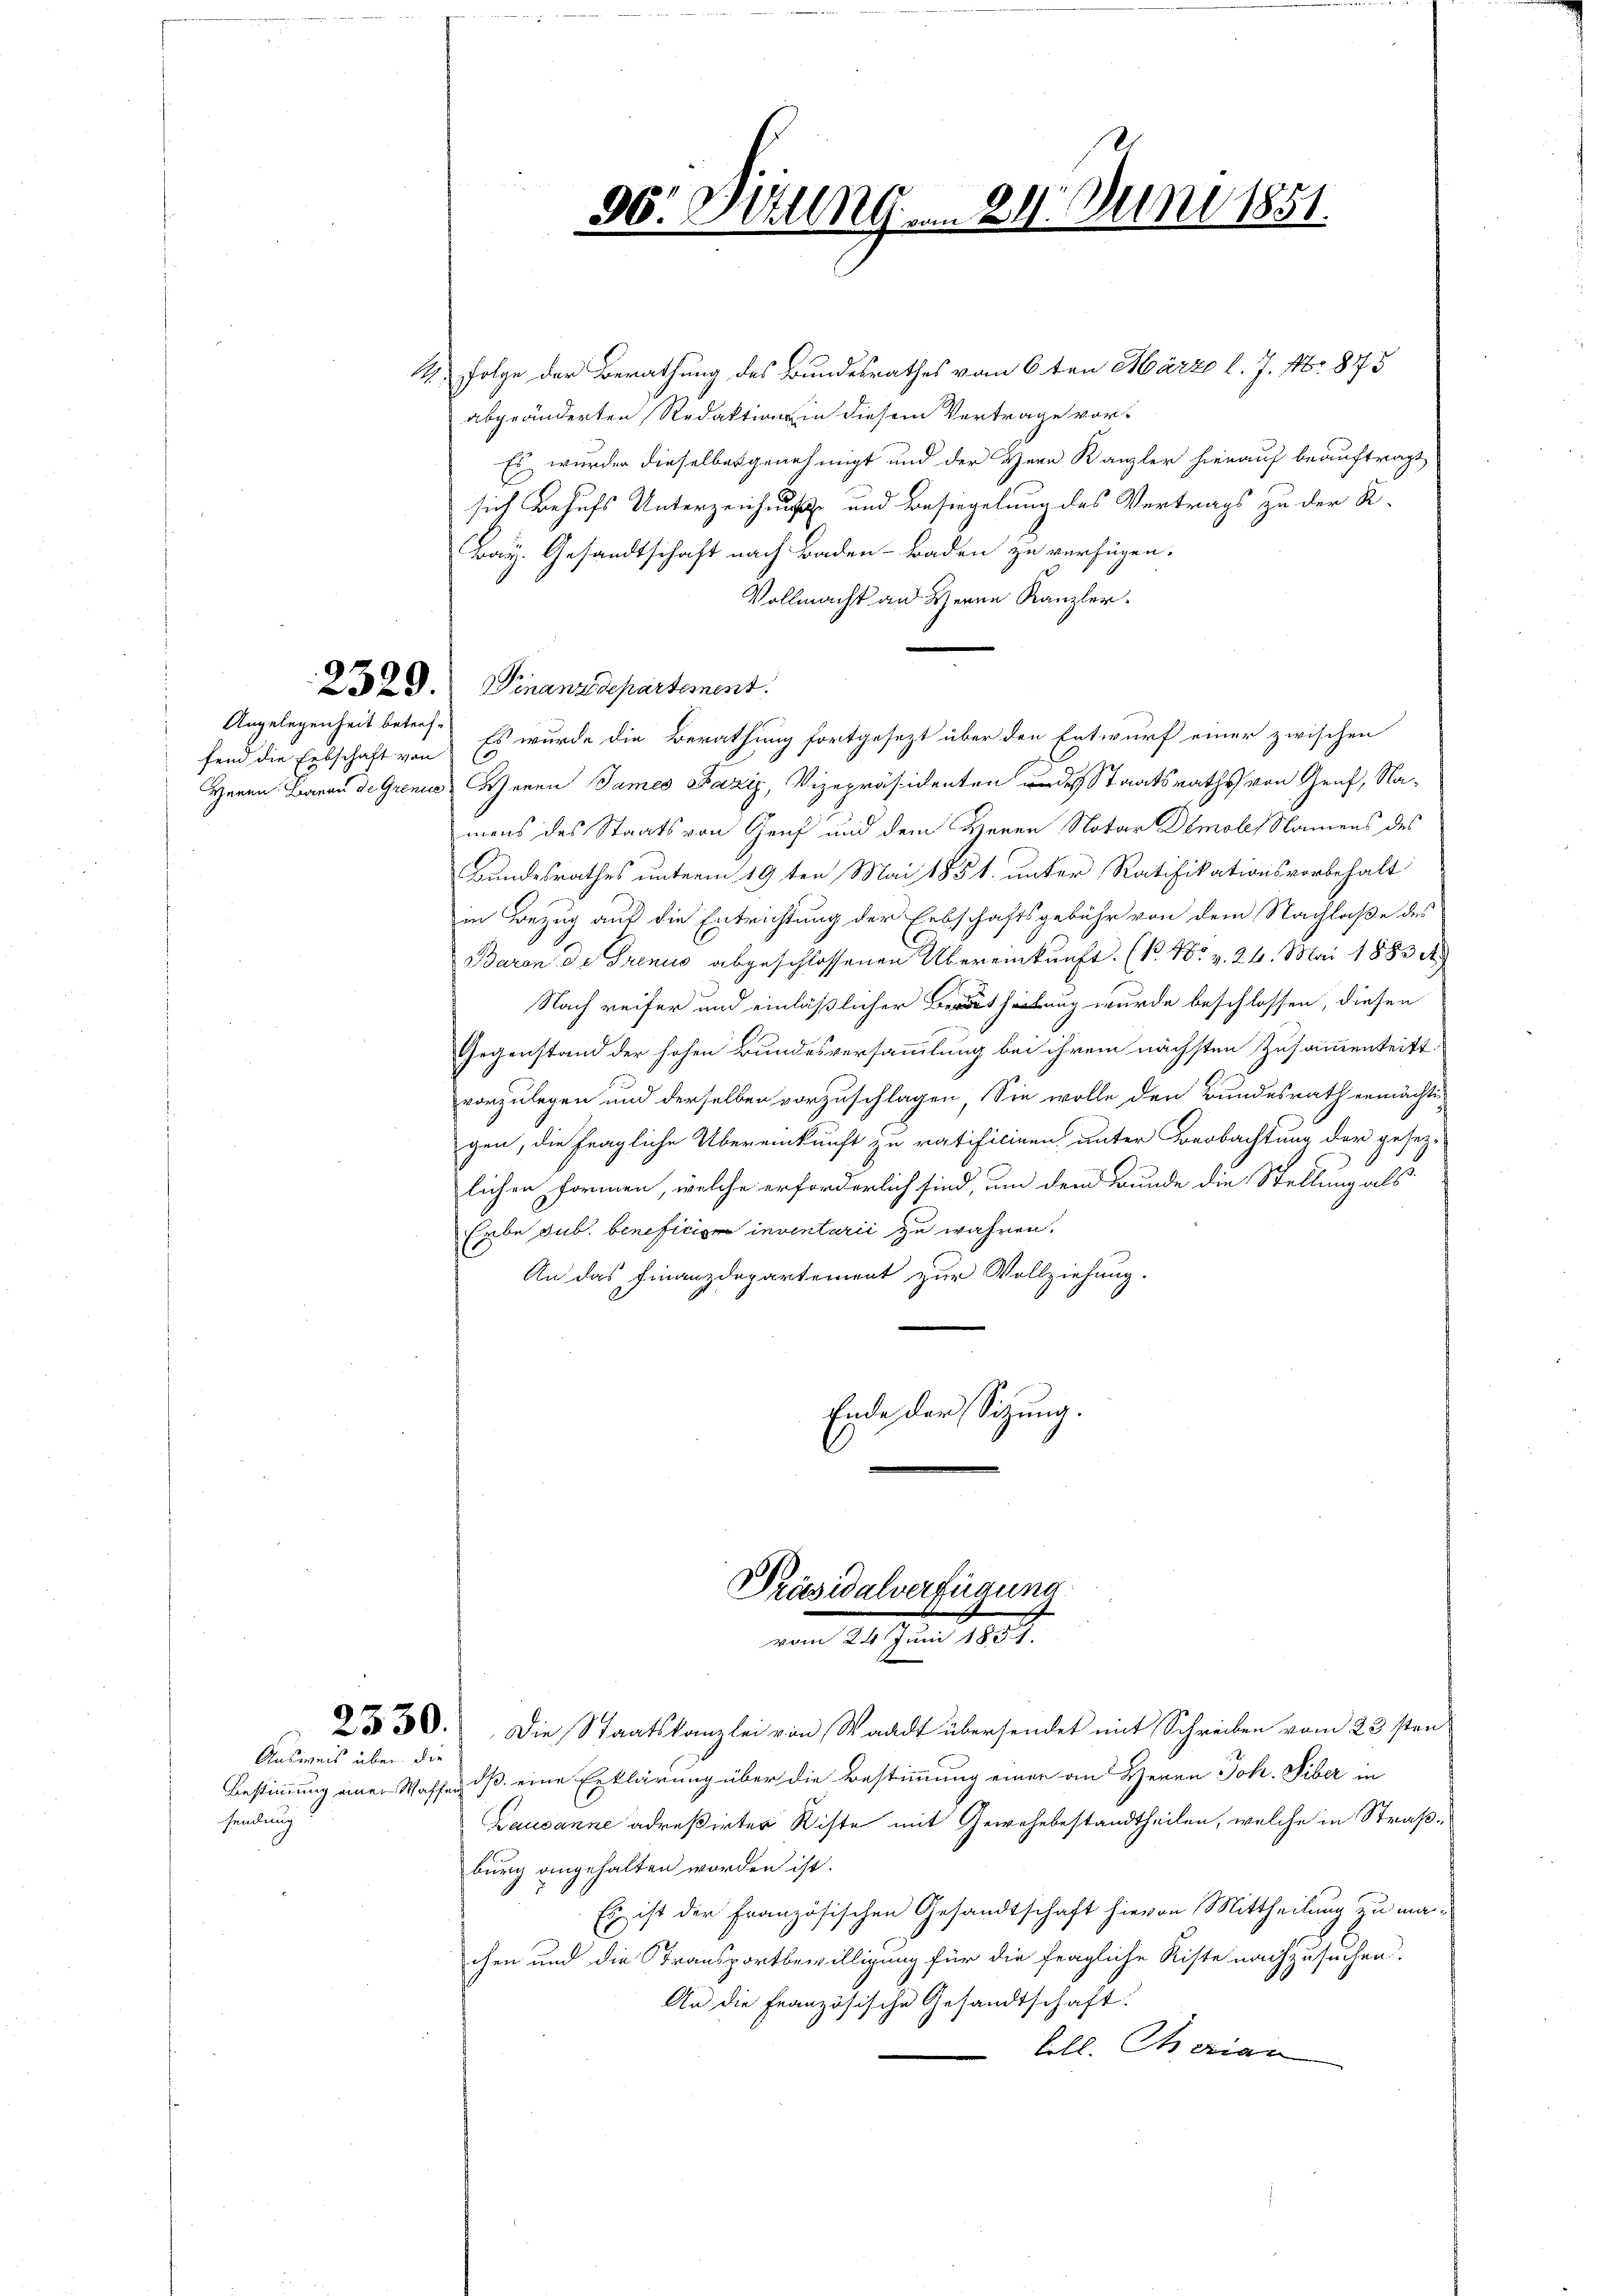
fend die Erbschaft von

2330.
Ausweis über die

samlung

14 Folge der Berathung des Bundesrathes vom 6 ten März l. J. Nr. 1873
abgeänderten Redaktion in diesem Vertrage vor-
Es wurden dieselbes genehmigt und der Herr Kanzler hierauf beauftragt
sich Behufs Unterzeichnis und Besiegelung des Vertrags zu der K.
Bay. Gesandtschaft nach Baden- Baden zu verfügen.
Vollmacht an Herrn Kanzler.
2o 29. Finanzdepartement.
Angelegenheit betref. Es wurde die Berathung fortgesezt über den Entwurf einer zwischen
Herrn Baron de Grenes Weren James Fazig, Vizepräsidenten des Staatsraths von Genf, Namens des Staats von Genf und dem Herrn Notar Demoles Namens des
Bundesrathes unterm 19ten Mai 1851. unter Ratifikationsvorbehalt
in Bezug auf die Entrichtung der Erbschaftsgebühr von dem Nachlaße des
Baron de Grenus abgeschlossenen Übereinkunft. (N. N. v. 24. Mai 1883 A
Nach reifer und einläßlicher Bertheilung wurde beschlossen, diesen
Gegenstand der hohen Bundesversammlung bei ihrem nächsten Zusammentritt
vorzulegen und derselben vorzuschlagen. Sie wolle den Bundesrath ermächti-
gen, die fragliche Übereinkunft zu ratificiren, unter Beobachtung der gesetz-
lichen Formen, welche erforderlich sind, um dem Bunde die Stellung als
Erbe sub. benefici inventarii zu währen.
An das Finanzdepartement zur Vollziehung.
Ende der Sitzung.

30. Sitzung . . 24. Juni 1851.

Présidalverfügung
vom 24 Juni 1851.

Die Staatskanzlei von Waadt übersendet mit Schreiben vom 23sten
Bestimmung einen Waffen, dß eine Erklärung über die Bestimmung einer an Heren Joh. Tiber in
Lausanne adreßirter Ritte mit Gewohnbestandtheilen, welche in Straßburg angehalten worden ist.
Es ist der Französischen Gesandtschaft hievon Mittheilung zu machen und die Transportbewilligung für die fragliche Riste nachzusuchen.
An die Französische Gesandtschaft.
ble. Charian